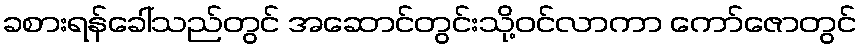
ခစားရန်ခေါ်သည်တွင် အဆောင်တွင်းသို့ဝင်လာကာ ကော်ဇောတွင်